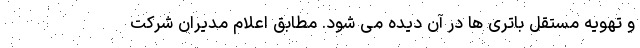
و تهویه مستقل باتری ها در آن دیده می شود. مطابق اعلام مدیران شرکت